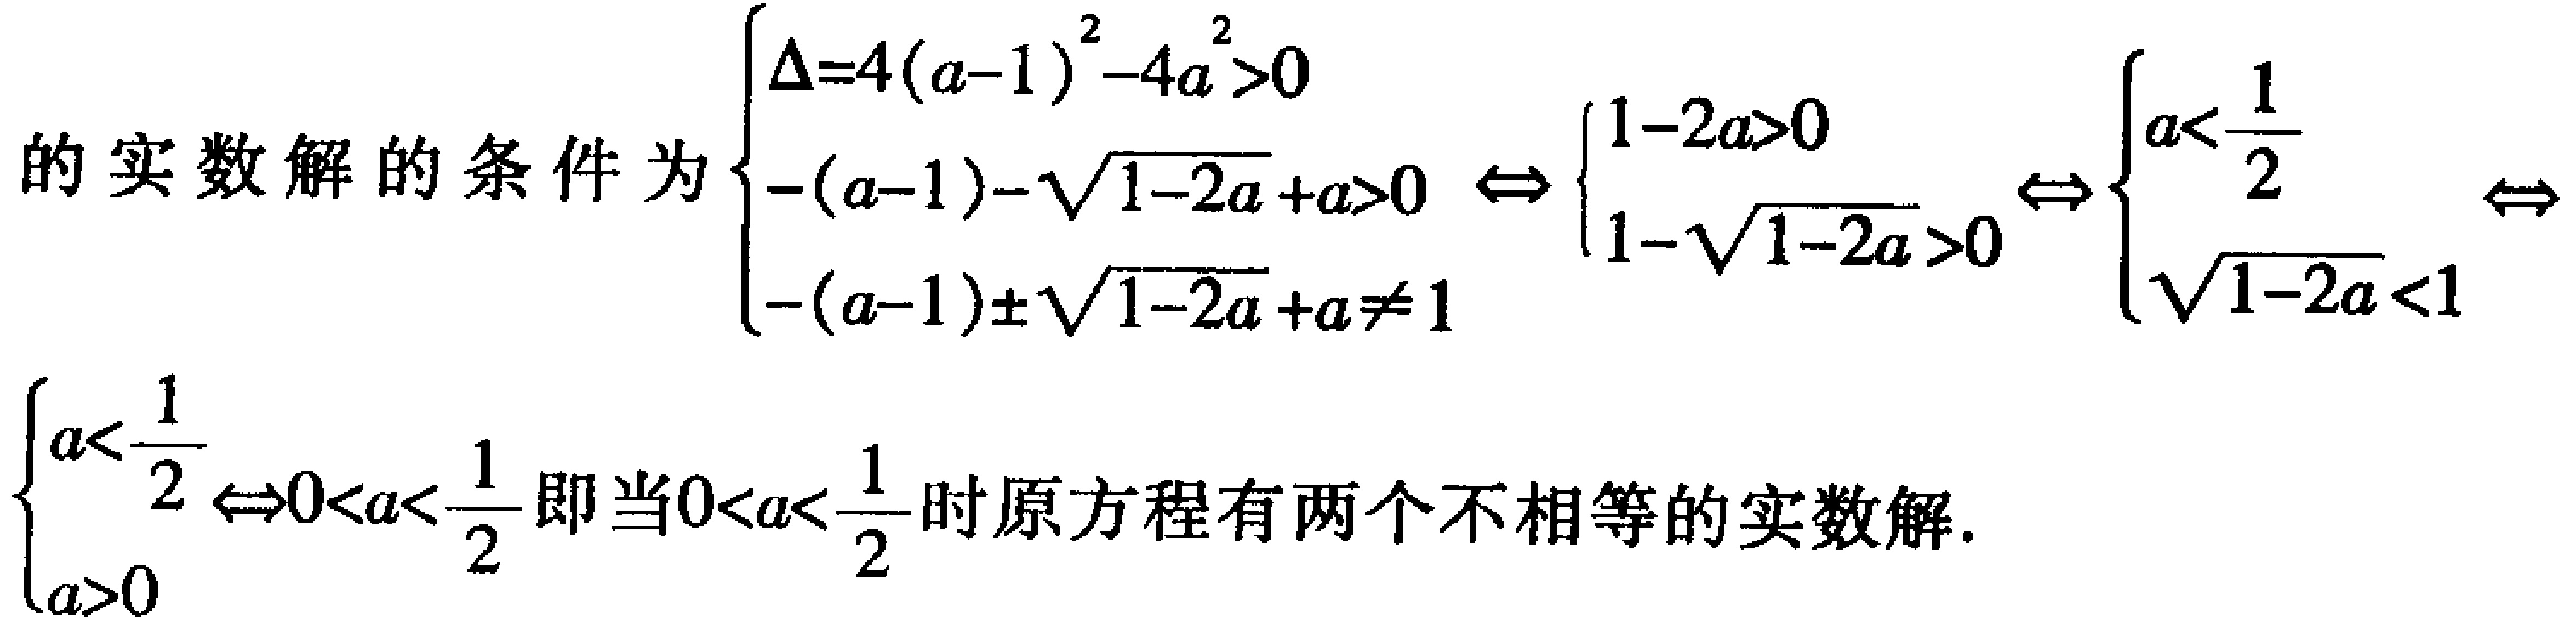
的实数解的条件为$\begin{cases}

\Delta = 4(a - 1)^2-4a^2>0\\

-(a - 1)-\sqrt{1 - 2a}+a>0\\

-(a - 1)\pm\sqrt{1 - 2a}+a\neq1

\end{cases} \Leftrightarrow

\begin{cases}

1 - 2a>0\\

1-\sqrt{1 - 2a}>0

\end{cases} \Leftrightarrow

\begin{cases}

a<\frac{1}{2}\\

\sqrt{1 - 2a}<1

\end{cases} \Leftrightarrow

\begin{cases}

a<\frac{1}{2}\\

a>0

\end{cases} \Leftrightarrow 0 < a < \frac{1}{2}$即当$0 < a < \frac{1}{2}$时原方程有两个不相等的实数解.